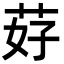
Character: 䒵